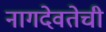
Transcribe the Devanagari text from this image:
नागदेवतेची